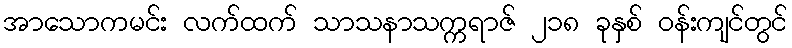
အာသောကမင်း လက်ထက် သာသနာသက္ကရာဇ် ၂၁၈ ခုနှစ် ဝန်းကျင်တွင်